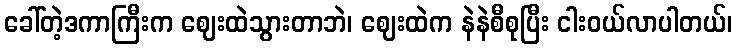
ခေါ်တဲ့ဒကာကြီးက ဈေးထဲသွားတာဘဲ၊ ဈေးထဲက နဲနဲစီစုပြီး ငါးဝယ်လာပါတယ်၊